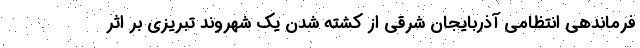
فرماندهی انتظامی آذربایجان شرقی از کشته شدن یک شهروند تبریزی بر اثر